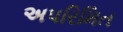
અપરિમિત